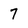
Character: 7